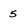
Character: 5